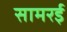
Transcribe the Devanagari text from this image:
सामरई